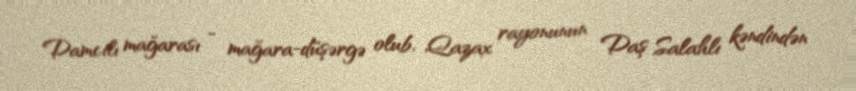
Damcılı mağarası - mağara-düşərgə olub, Qazax rayonunun Daş Salahlı kəndindən